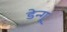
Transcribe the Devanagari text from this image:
डेन्गू